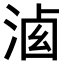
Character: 𣷶